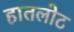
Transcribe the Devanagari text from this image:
हातलोट